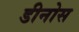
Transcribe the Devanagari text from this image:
डीनोस